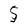
Character: 5